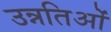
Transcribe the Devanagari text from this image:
उन्नतिओं